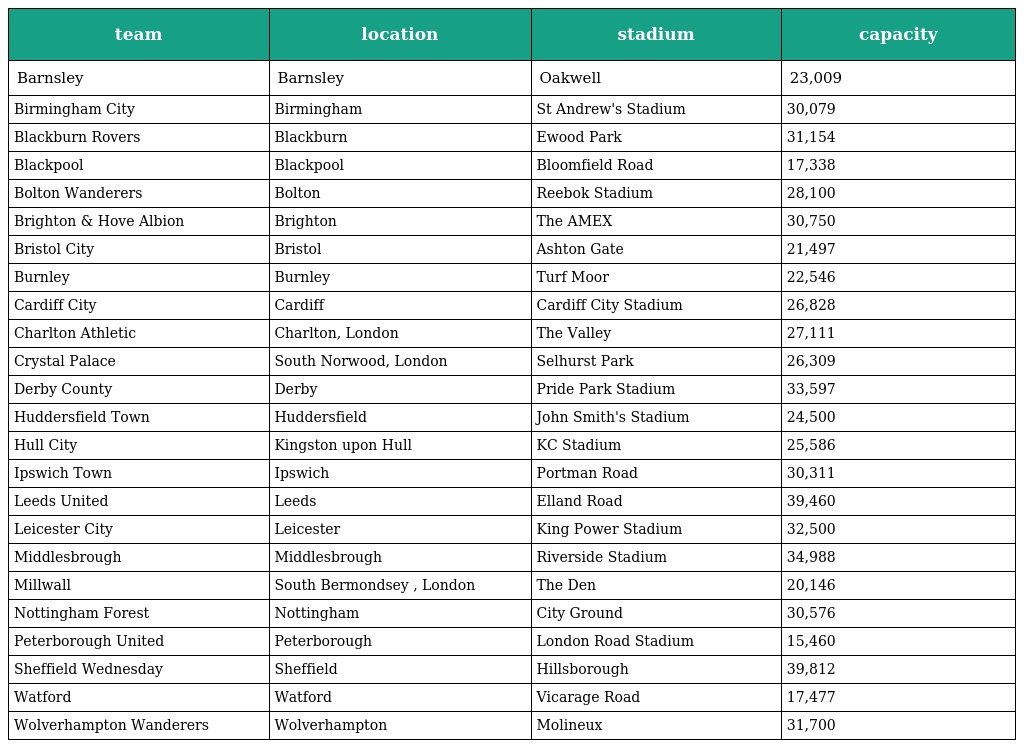
| team | location | stadium | capacity |
 | --- | --- | --- | --- |
 | Barnsley | Barnsley | Oakwell | 23,009 |
 | Birmingham City | Birmingham | St Andrew's Stadium | 30,079 |
 | Blackburn Rovers | Blackburn | Ewood Park | 31,154 |
 | Blackpool | Blackpool | Bloomfield Road | 17,338 |
 | Bolton Wanderers | Bolton | Reebok Stadium | 28,100 |
 | Brighton & Hove Albion | Brighton | The AMEX | 30,750 |
 | Bristol City | Bristol | Ashton Gate | 21,497 |
 | Burnley | Burnley | Turf Moor | 22,546 |
 | Cardiff City | Cardiff | Cardiff City Stadium | 26,828 |
 | Charlton Athletic | Charlton, London | The Valley | 27,111 |
 | Crystal Palace | South Norwood, London | Selhurst Park | 26,309 |
 | Derby County | Derby | Pride Park Stadium | 33,597 |
 | Huddersfield Town | Huddersfield | John Smith's Stadium | 24,500 |
 | Hull City | Kingston upon Hull | KC Stadium | 25,586 |
 | Ipswich Town | Ipswich | Portman Road | 30,311 |
 | Leeds United | Leeds | Elland Road | 39,460 |
 | Leicester City | Leicester | King Power Stadium | 32,500 |
 | Middlesbrough | Middlesbrough | Riverside Stadium | 34,988 |
 | Millwall | South Bermondsey , London | The Den | 20,146 |
 | Nottingham Forest | Nottingham | City Ground | 30,576 |
 | Peterborough United | Peterborough | London Road Stadium | 15,460 |
 | Sheffield Wednesday | Sheffield | Hillsborough | 39,812 |
 | Watford | Watford | Vicarage Road | 17,477 |
 | Wolverhampton Wanderers | Wolverhampton | Molineux | 31,700 |